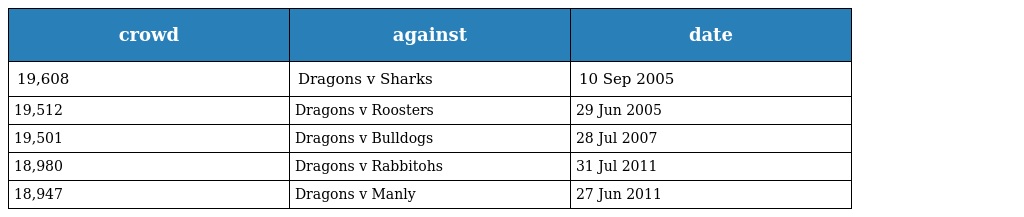
| crowd | against | date |
 | --- | --- | --- |
 | 19,608 | Dragons v Sharks | 10 Sep 2005 |
 | 19,512 | Dragons v Roosters | 29 Jun 2005 |
 | 19,501 | Dragons v Bulldogs | 28 Jul 2007 |
 | 18,980 | Dragons v Rabbitohs | 31 Jul 2011 |
 | 18,947 | Dragons v Manly | 27 Jun 2011 |